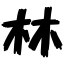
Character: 林